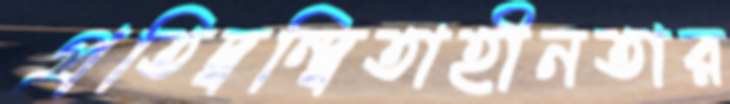
প্রতিদ্বন্দ্বিতাহীনতার